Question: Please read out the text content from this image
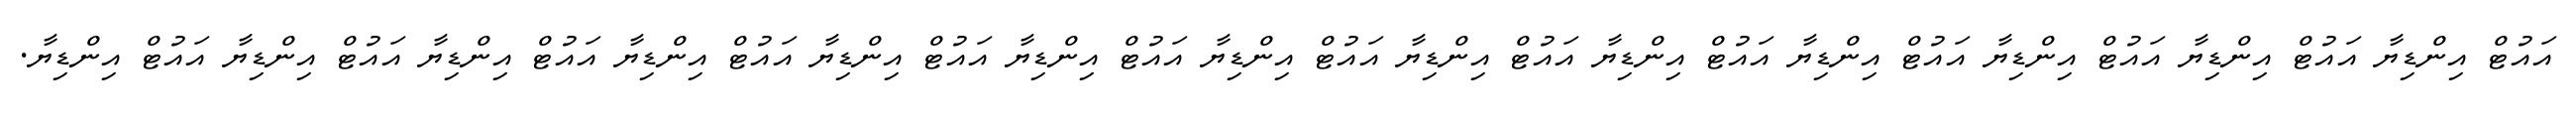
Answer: އައުޓް އިންޑިޔާ އައުޓް އިންޑިޔާ އައުޓް އިންޑިޔާ އައުޓް އިންޑިޔާ އައުޓް އިންޑިޔާ އައުޓް އިންޑިޔާ އައުޓް އިންޑިޔާ އައުޓް އިންޑިޔާ އައުޓް އިންޑިޔާ އައުޓް އިންޑިޔާ އައުޓް އިންޑިޔާ އައުޓް އިންޑިޔާ އައުޓް އިންޑިޔާ.